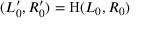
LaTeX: ( L _ { 0 } ^ { \prime } , R _ { 0 } ^ { \prime } ) = \mathrm { H } ( L _ { 0 } , R _ { 0 } )